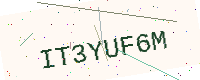
Text: IT3YUF6M